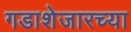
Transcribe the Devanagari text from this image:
गडाशेजारच्या